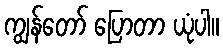
ကျွန်တော် ပြောတာ ယုံပါ။